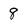
Character: 8